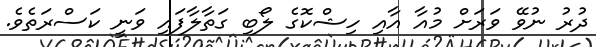
ދުރު ނުވޭ ވަރަށް މުއާ އާއި ހިޝްކޮގެ ލޯބި ގަތާލާފައި ވަނީ ކަސްރަތެވެ.